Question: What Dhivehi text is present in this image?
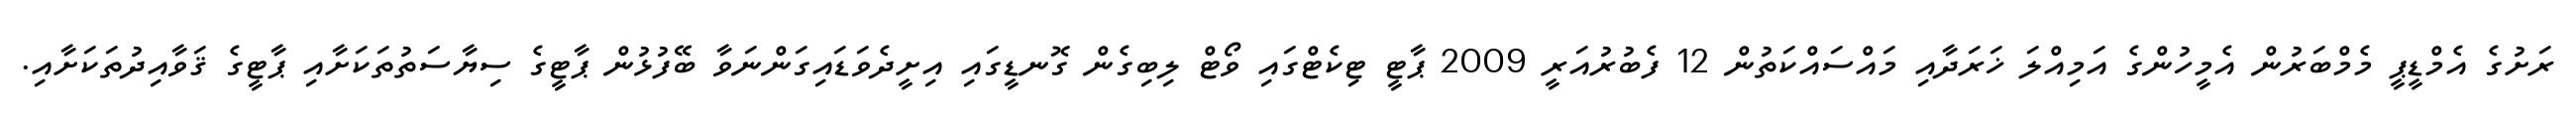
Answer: ރަށުގެ އެމްޑީޕީ މެމްބަރުން އެމީހުންގެ އަމިއްލަ ޚަރަދާއި މައްސައްކަތުން 12 ފެބުރުއަރީ 2009 ޕާޓީ ޓިކެޓްގައި ވޯޓް ލިބިގެން ގޮނޑީގައި އިށީދެވަޑައިގަންނަވާ ބޭފުޅުން ޕާޓީގެ ސިޔާސަތުތަކަށާއި ޕާޓީގެ ޤަވާއިދުތަކަށާއި.